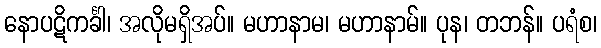
နောပဋိကင်္ခါ၊ အလိုမရှိအပ်။ မဟာနာမ၊ မဟာနာမ်။ ပုန၊ တဘန်။ ပရံစ၊